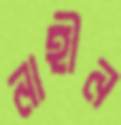
নাহীন